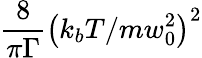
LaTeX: \frac{8}{\pi\Gamma}\left(k_{b}T/mw_{0}^{2}\right)^{2}